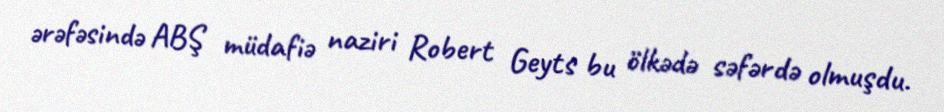
ərəfəsində ABŞ müdafiə naziri Robert Geyts bu ölkədə səfərdə olmuşdu.